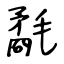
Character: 氄